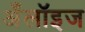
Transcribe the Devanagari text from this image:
अँलॉइज